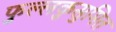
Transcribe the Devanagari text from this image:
फुल्लकुसुमित